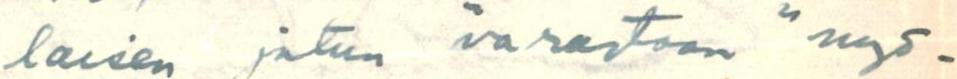
laisen jutun "varastoon" myö-